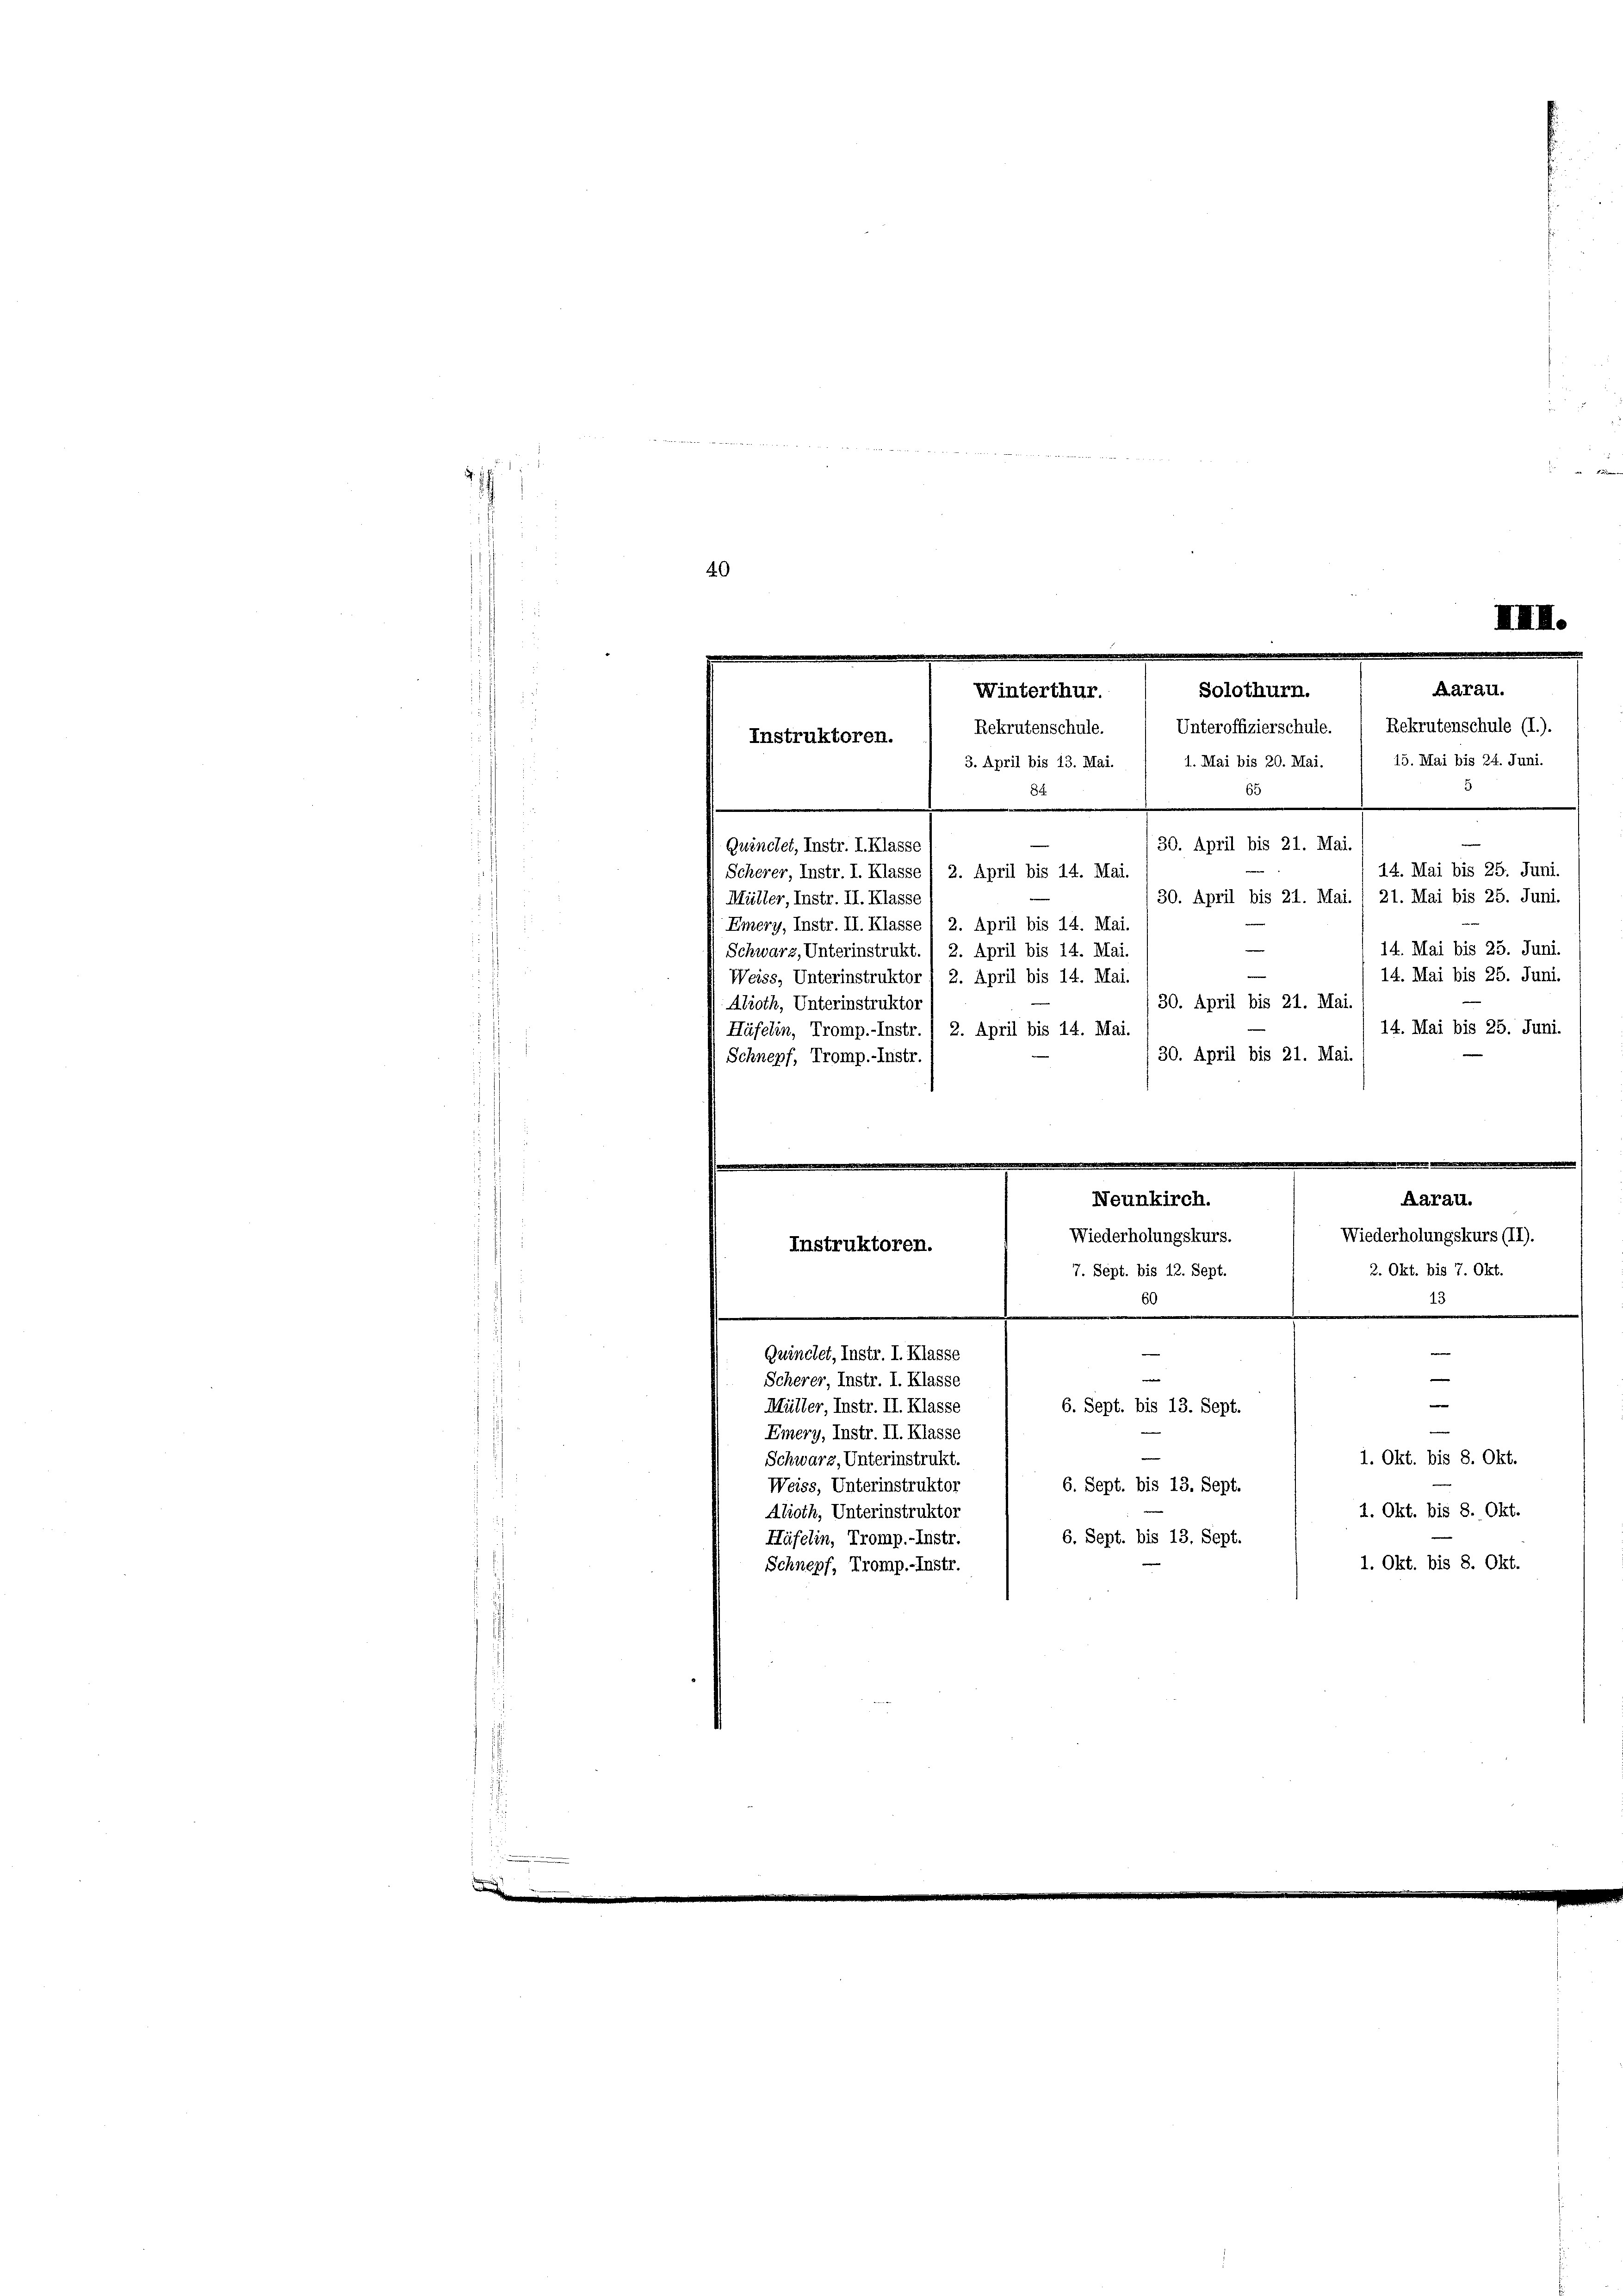
h

40
Aarau.
Solothurn.
Winterthur.
Rekrutenschule. / Unteroffizierschule.  Rekrutenschule (I.).
Instruktoren.
1. Mai bis 20. Mai. / 15. Mai bis 24. Juni.
3. April bis 13. Mai.
65
84
30. April bis 21. Mai.
Quinchet, Instr. I. Klasse
14. Mai bis 25. Juni.
Scherer, Instr. I. Klasse / 2. April bis 14. Mai
30. April bis 21. Mai. 1 21. Mai bis 25. Juni.
Müller, Instr. II. Klasse
Emery, Instr. II. Klasse I 2. April bis 14. Mai.
14. Mai bis 25. Juni.
Schwarz, Unterinstrukt. (2. April bis 14. Mai.
e
14. Mai bis 25. Juni.
Weiss, Unterinstruktor / 2. April bis 14. Mai.
30. April bis 21. Mai.
Alioth, Unterinstruktor
14. Mai bis 25. Juni.
Häfelin, Tromp.-Instr. / 2. April bis 14. Mai.
30. April bis 21. Mai.
Schnepf, Tromp.-Instr

6
13
L
e
—
Guinclet, Instr. I. Klasse

Scherer, Instr. I. Klasse
e
Müller, Instr. II. Klasse
6. Sept. bis 13. Sept.

Emery, Instr. II. Klasse
1. Okt. bis 8. Okt.
Schwarz, Unterinstrukt.
6. Sept. bis 13. Sept.
Weiss, Unterinstruktor
1. Okt. bis 8. Okt.
Aboth, Unterinstruktor
6. Sept. bis 13. Sept.
Häfelin, Tromp.-Instr.
1. Okt. bis 8. Okt.
Schnepf, Tromp.-Instr.

e

.
Neunkirch.
Aarau.
Wiederholungskurs.
Wiederholungskurs (II).
Instruktoren.
2. Okt. bis 7. Okt.
7. Sept. bis 12. Sept.

IIIII.